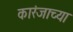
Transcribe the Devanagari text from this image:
कारंजाच्या